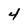
Character: 4